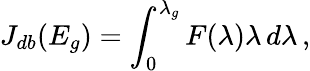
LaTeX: J_{db}(E_{g})=\int_{0}^{\lambda_{g}}F(\lambda)\lambda\, d\lambda\, ,